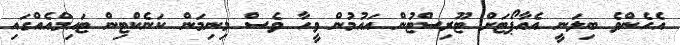
އެހެންވެ ބިލަނީ އެއާޕޯޓަށް ޓޫރިސްޓުން އައުމުން ވީހާ ވެސް މިނިމަން ކަނެކްޓިން ޓައިމްއެއްގައި